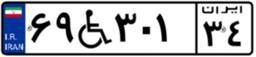
۶۹W۳۰۱۳۴